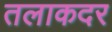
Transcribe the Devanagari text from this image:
तलाकदर